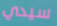
سيدي